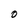
Character: O